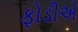
ફોડીએ